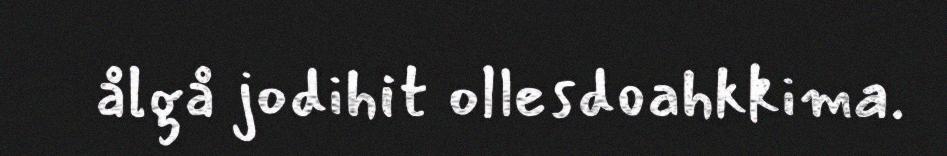
ålgå jodihit ollesdoahkkima.